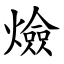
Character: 㷿